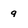
Character: 9